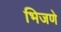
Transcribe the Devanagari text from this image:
भिजणे